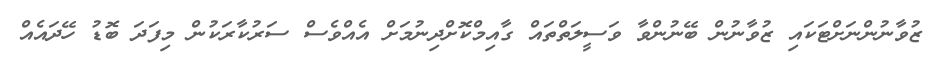
ޒުވާނުންނަށްޓަކައި ޒުވާނުން ބޭނުންވާ ވަސީލަތްތައް ގާއިމްކޮށްދިނުމަށް އެއްވެސް ސަރުކާރަކުން މިފަދަ ބޮޑު ހޭދައެއް